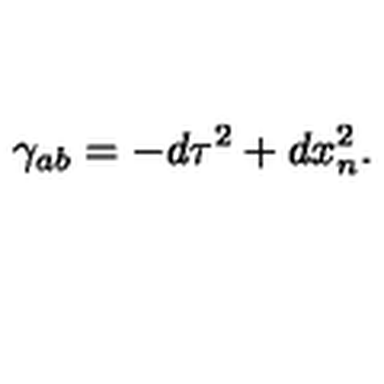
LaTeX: \gamma _ { a b } = - d \tau ^ { 2 } + d x _ { n } ^ { 2 } .